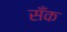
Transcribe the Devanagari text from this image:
सँक